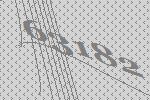
63182